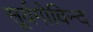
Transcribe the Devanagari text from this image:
सूर्यगोविन्द